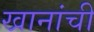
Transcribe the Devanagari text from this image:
खानांची